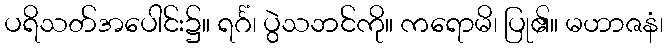
ပရိသတ်အပေါင်း၌။ ရင်္ဂံ၊ ပွဲသဘင်ကို။ ကရောမိ၊ ပြု၏။ မဟာဇနံ၊